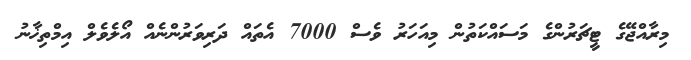
މިރާއްޖޭގެ ޓީޗަރުންގެ މަސައްކަތުން މިއަހަރު ވެސް 7000 އެތައްް ދަރިވަރުންނެއް އޯލެވެލް އިމްތިޚާނު